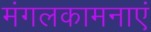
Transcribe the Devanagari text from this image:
मंगलकामनाएं